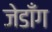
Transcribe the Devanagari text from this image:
जेडाँग